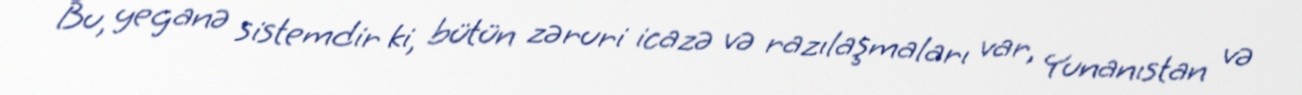
Bu, yeganə sistemdir ki, bütün zəruri icazə və razılaşmaları var, Yunanıstan və